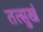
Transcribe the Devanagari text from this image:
तत्सुखं